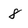
Character: 8